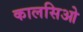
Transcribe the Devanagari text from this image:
कालसिओ